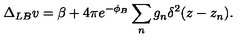
\Delta _ { L B } v = \beta + 4 \pi e ^ { - \phi _ { B } } \sum _ { n } g _ { n } \delta ^ { 2 } ( z - z _ { n } ) .